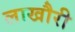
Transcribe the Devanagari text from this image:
लाखौरी